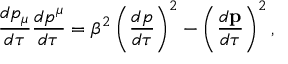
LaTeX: { \frac { d p _ { \mu } } { d \tau } } { \frac { d p ^ { \mu } } { d \tau } } = \beta ^ { 2 } \left( { \frac { d p } { d \tau } } \right) ^ { 2 } - \left( { \frac { d { \mathbf { p } } } { d \tau } } \right) ^ { 2 } ,